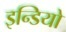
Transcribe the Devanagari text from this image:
इन्डियो